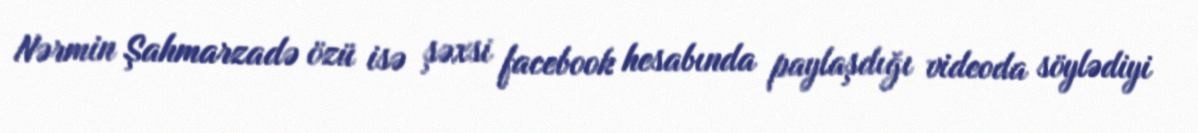
Nərmin Şahmarzadə özü isə şəxsi facebook hesabında paylaşdığı videoda söylədiyi